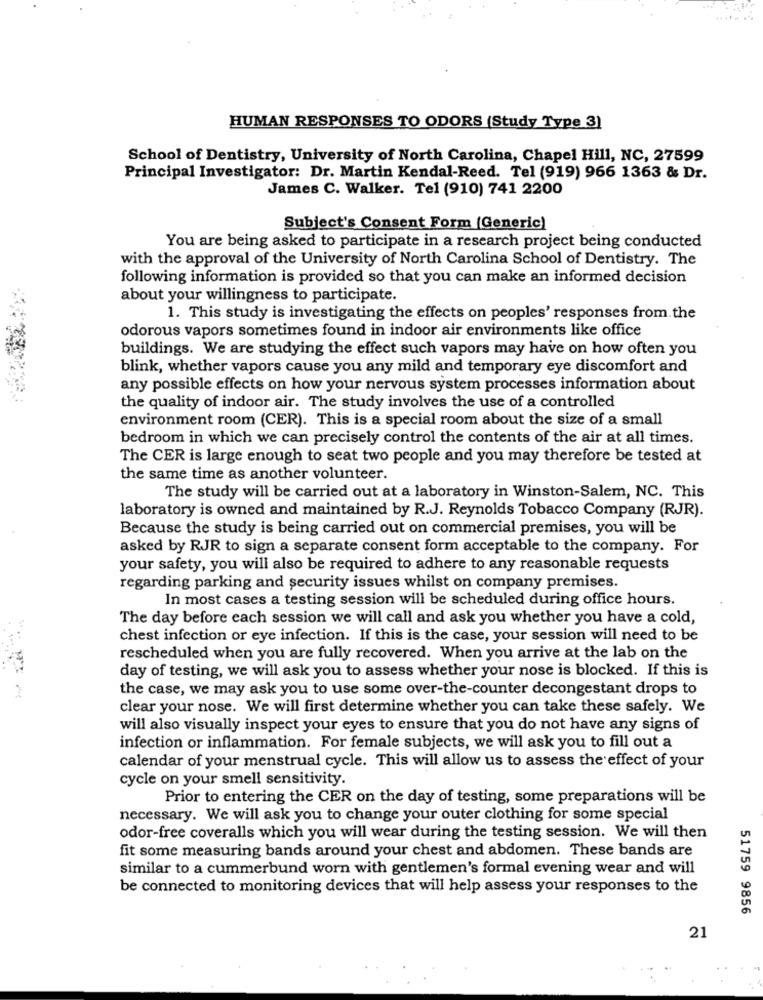
HUMAN RESPONSES TO ODORS (Study Type 3)
School of Dentistry, University of North Carolina, Chapel Hill, NC, 27599
Principal Investigator: Dr. Martin Kendal-Reed. Tel (919) 966 1363 & Dr.
James C. Walker. Tel (910) 741 2200
Subject's Consent Form (Generic)
You are being asked to participate in a research project being conducted
with the approval of the University of North Carolina School of Dentistry. The
following information is provided so that you can make an informed decision
about your willingness to participate.
1. This study is investigating the effects on peoples' responses from the
odorous vapors sometimes found in indoor air environments like office
buildings. We are studying the effect such vapors may have on how often you
blink, whether vapors cause you any mild and temporary eye discomfort and
any possible effects on how your nervous system processes information about
the quality of indoor air. The study involves the use of a controlled
environment room (CER). This is a special room about the size of a small
bedroom in which we can precisely control the contents of the air at all times.
The CER is large enough to seat two people and you may therefore be tested at
the same time as another volunteer.
The study will be carried out at a laboratory in Winston-Salem, NC. This
laboratory is owned and maintained by R.J. Reynolds Tobacco Company (RJR).
Because the study is being carried out on commercial premises, you will be
asked by RJR to sign a separate consent form acceptable to the company. For
your safety, you will also be required to adhere to any reasonable requests
regarding parking and security issues whilst on company premises.
In most cases a testing session will be scheduled during office hours.
The day before each session we will call and ask you whether you have a cold,
chest infection or eye infection. If this is the case, your session will need to be
rescheduled when you are fully recovered. When you arrive at the lab on the
day of testing, we will ask you to assess whether your nose is blocked. If this is
the case, we may ask you to use some over-the-counter decongestant drops to
clear your nose. We will first determine whether you can take these safely. We
will also visually inspect your eyes to ensure that you do not have any signs of
infection or inflammation. For female subjects, we will ask you to fill out a
calendar of your menstrual cycle. This will allow us to assess the effect of your
cycle on your smell sensitivity.
Prior to entering the CER on the day of testing, some preparations will be
necessary. We will ask you to change your outer clothing for some special
odor-free coveralls which you will wear during the testing session. We will then
fit some measuring bands around your chest and abdomen. These bands are
similar to a cummerbund worn with gentlemen's formal evening wear and will
be connected to monitoring devices that will help assess your responses to the
51759 9856
21